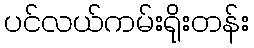
ပင်လယ်ကမ်းရိုးတန်း